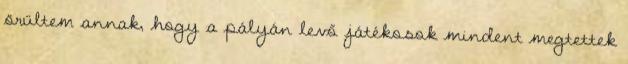
örültem annak, hogy a pályán levő játékosok mindent megtettek